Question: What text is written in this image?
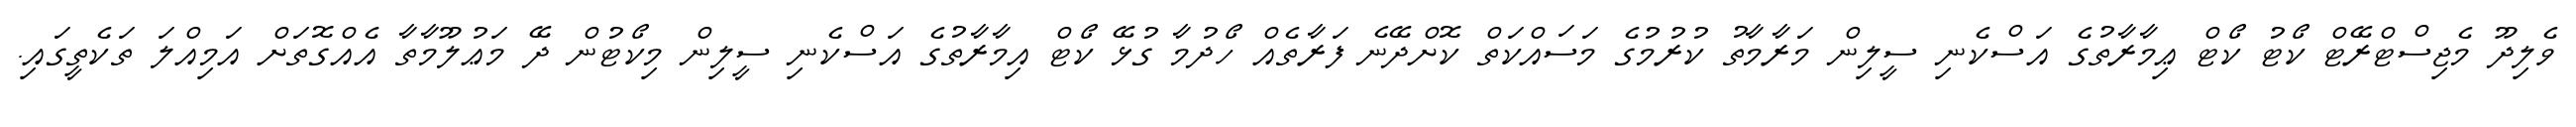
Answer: ވެލިދޫ މެޖިސްޓްރޭޓް ކޯޓު ކޯޓް ޢިމާރާތުގެ އަސްކެނި ސީލިން މަރާމާތު ކުރުމުގެ މަސައްކަތް ކޮށްދޭނެ ފަރާތެއް ހޯދުމާ ގުޅޭ ކޯޓް އިމާރާތުގެ އަސްކެނި ސީލިން މިކޯޓުން ދޭ މަޢުލޫމާތާ އެއްގޮތަށް އަމިއްލަ ތަކެތީގައި.